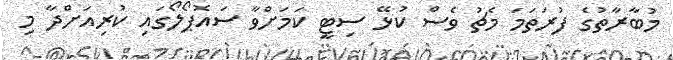
މުބާރާތުގެ ފުރަތަމަ މެޗު ވެސް ކުޅޭ ސިޓީ ކަމަށްވާ ސައޮޕޯލޯގައި ކުރިއަށްދާ މި